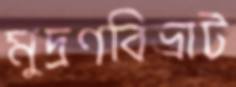
মুদ্রণবিভ্রাট